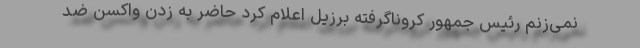
نمی‌زنم رئیس جمهور کروناگرفته برزیل اعلام کرد حاضر به زدن واکسن ضد